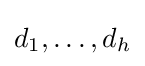
d_{1},\ldots ,d_{h}